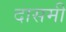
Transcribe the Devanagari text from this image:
दासमी